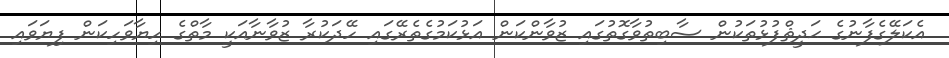
އެކަލޭގެފާނުގެ ޙަދީޘްފުޅުތަކުން ސާބިތުވާގޮތުގައި ޒުވާންކަން އަޅުކަމުގެތެރޭގައި ހޭދަކުރާ ޒުވާނާއަކީ މާތްގެ ހިޔާވަހިކަން ފިޔަވައި